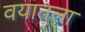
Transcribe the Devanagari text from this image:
वयातला